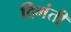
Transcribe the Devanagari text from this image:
दिमंती